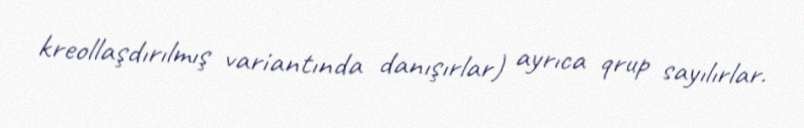
kreollaşdırılmış variantında danışırlar) ayrıca qrup sayılırlar.